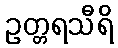
ဥတ္တရသီရိ